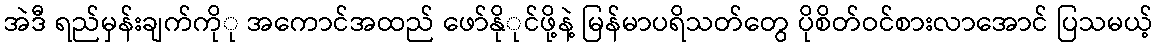
အဲဒီ ရည်မှန်းချက်ကိုု အကောင်အထည် ဖော်နိုုင်ဖို့နဲ့ မြန်မာပရိသတ်တွေ ပိုစိတ်ဝင်စားလာအောင် ပြသမယ့်